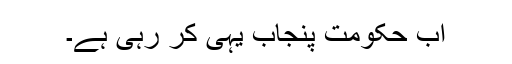
اب حکومت پنجاب یہی کر رہی ہے۔